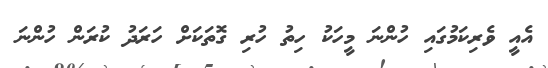
އެއީ ވެރިކަމުގައި ހުންނަ މީހަކު ހިތު ހުރި ގޮތަކަށް ހަރަދު ކުރަން ހުންނަ